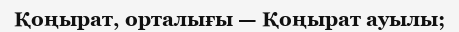
Қоңырат, орталығы — Қоңырат ауылы;